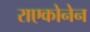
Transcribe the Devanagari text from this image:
राएकोनेन